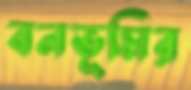
বনভূমির